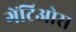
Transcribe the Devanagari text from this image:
गेंटिओस